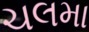
ચલમા